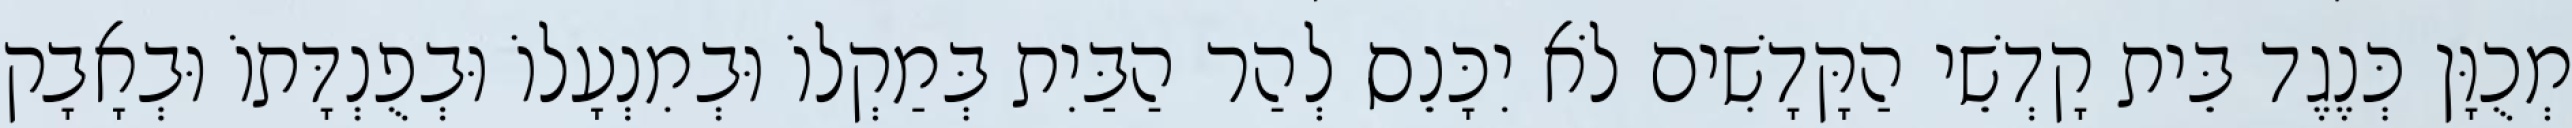
מְכֻוָּן כְּנֶגֶד בֵּית קָדְשֵׁי הַקָּדָשִׁים לֹא יִכָּנֵס לְהַר הַבַּיִת בְּמַקְלוֹ וּבְמִנְעָלוֹ וּבְפֻנְדָּתוֹ וּבְאָבָק